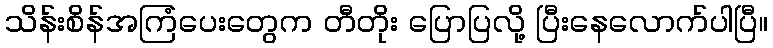
သိန်းစိန်အကြံပေးတွေက တီတိုး ပြောပြလို့ ပြီးနေလောက်ပါပြီ။